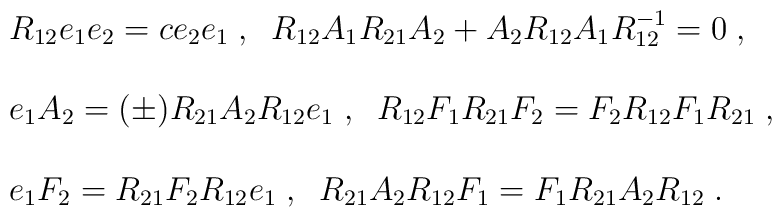
\begin{array}{l}R_{12}e_{1}e_{2} = c e_{2}e_{1} \; , \;\;R_{12}A_{1}R_{21}A_{2} + A_{2}R_{12}A_{1}R^{-1}_{12} =0 \; , \\ \\e_{1}A_{2} = (\pm) R_{21}A_{2}R_{12}e_{1} \; , \;\;R_{12}F_{1}R_{21}F_{2} = F_{2}R_{12}F_{1}R_{21}  \; , \\ \\e_{1}F_{2} = R_{21}F_{2}R_{12}e_{1} \; , \;\;R_{21}A_{2}R_{12}F_{1} = F_{1}R_{21}A_{2}R_{12}  \; .\end{array}